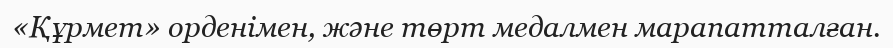
«Құрмет» орденімен, және төрт медалмен марапатталған.